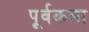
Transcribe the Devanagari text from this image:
पूर्वकला